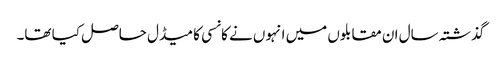
گذشتہ سال ان مقابلوں میں انہوں نے کانسی کا میڈل حاصل کیا تھا۔